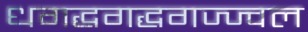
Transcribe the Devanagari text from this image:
धगद्धगद्धगज्ज्वल